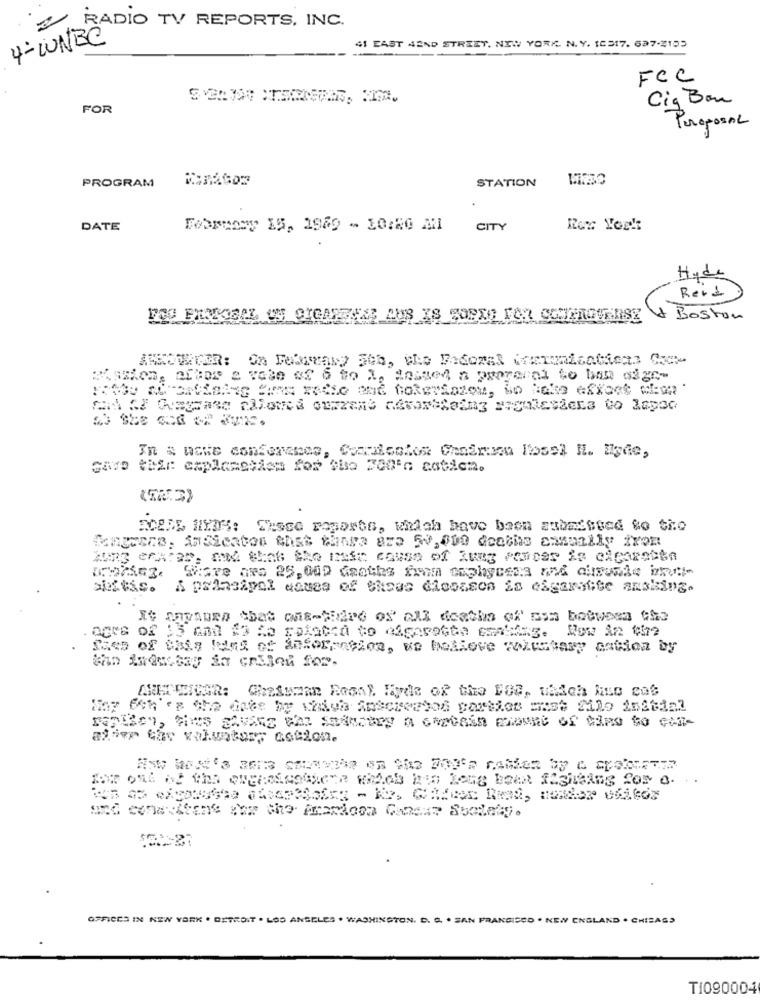
RADIO TV REPORTS, INC.
4- WNBC
41 EAST ASND STREET, NEW YORK. N. Y. 10517. 637-2153
FCC
Cig Bon
FOR
PeroposAL
PROGRAM
STATION
DATE
CITY
Hyde
Reid
& Boston
passion, arFor a vase of 6 to I, Messed a prerenel to ban sige-
Cavo thir explanation for Cho 200 G matica.
Matrace, Indicates that canga ara 50,000 deaths asmanily from
Tung echter, and that the main cause of Rung parcer is clearsite
A principal aquea of Casas diosason is edgarstite ansking.
IS AnVADER that ONE-SEEre of all deaths of Ess between the
OFFICES IN NEW YORK . DETROIT . LOS ANGELES . WASHINGTON, D. G. . SAN FRANCISCO . NEW ENGLAND . CHISAGS
TI090004